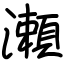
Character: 瀬